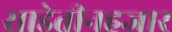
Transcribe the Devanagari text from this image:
साडेतीनहजार